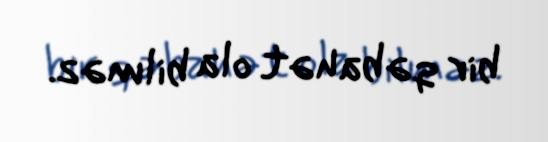
bir qəbahət ola bilməz.